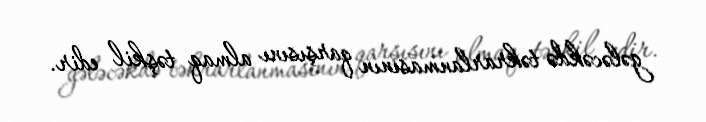
gələcəkdə təkrarlanmasının qarşısını almaq təşkil edir.